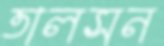
তালসন